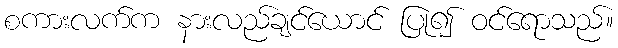
စကားလက်က နားလည်ချင်ယောင် ပြု၍ ဝင်ရောသည်။